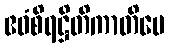
ဧဝံစိရဋ္ဌိတိကာတိပေ